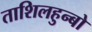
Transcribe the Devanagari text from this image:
ताशिलहुन्बो